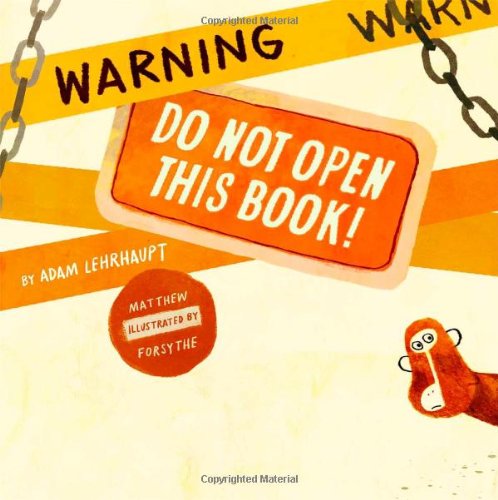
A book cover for Warning: Do Not Open This Book!; Adam Lehrhaupt; Children's Books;